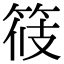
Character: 𥭸